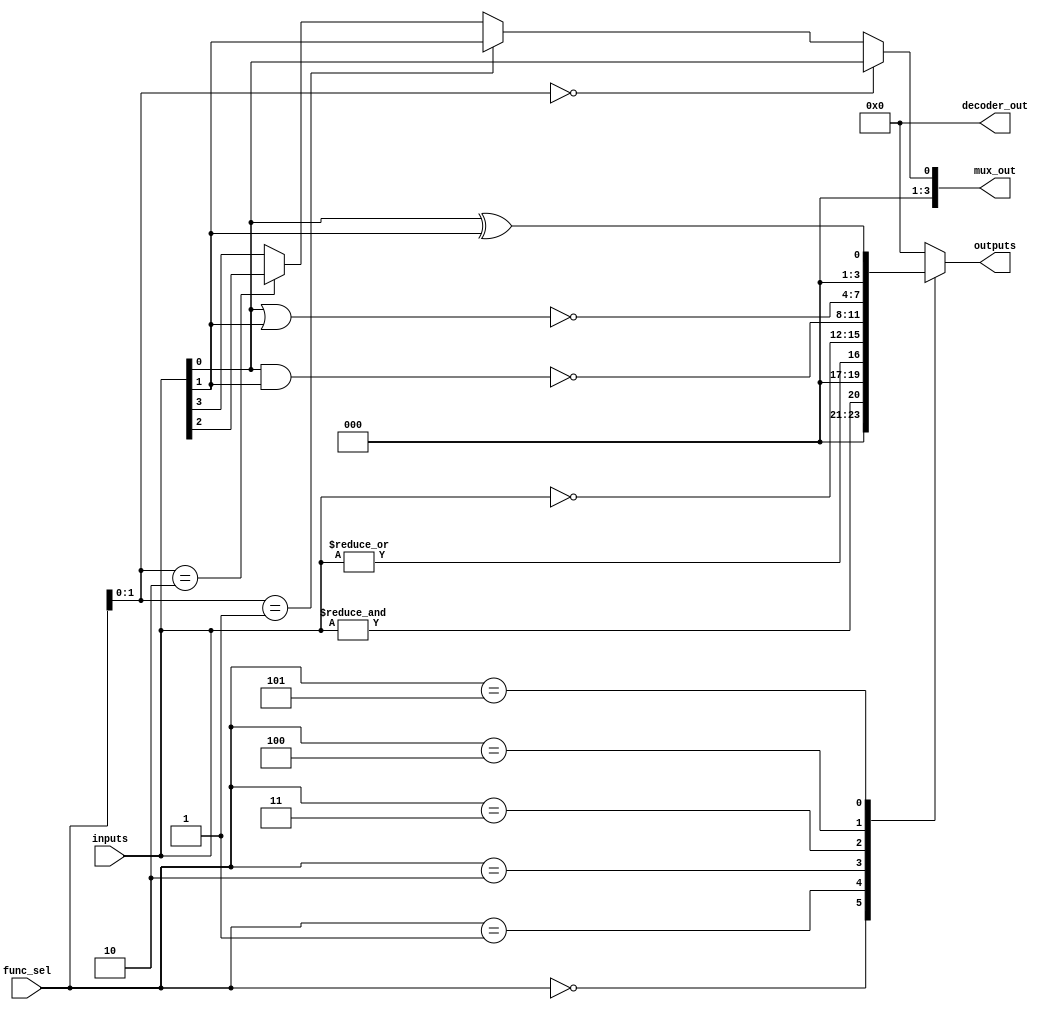
module combinational_logic_blocks #(
    parameter N = 4, // Number of inputs (2 to 16)
    parameter FUNC_SEL_WIDTH = 4 // Function select width
)(
    input  [N-1:0]  inputs,      // Input vector
    input  [FUNC_SEL_WIDTH-1:0] func_sel, // Function select
    output reg [N-1:0] outputs,   // Output vector
    output reg [N-1:0] mux_out,    // MUX output
    output reg [3:0] decoder_out    // Decoder output
);

// Basic Logic Functions
always @(*) begin
    case (func_sel)
        4'b0000: outputs = &inputs;            // AND
        4'b0001: outputs = |inputs;            // OR
        4'b0010: outputs = ~inputs;            // NOT (applied to all inputs)
        4'b0011: outputs = ~(inputs[0] & inputs[1]); // NAND
        4'b0100: outputs = ~(inputs[0] | inputs[1]); // NOR
        4'b0101: outputs = inputs[0] ^ inputs[1]; // XOR
        default: outputs = 0;                   // Default case
    endcase
end

// Multiplexers
always @(*) begin
    case (N)
        2: mux_out = (func_sel[0]) ? inputs[1] : inputs[0]; // 2-to-1 MUX
        4: mux_out = (func_sel[1:0] == 2'b00) ? inputs[0] :
                     (func_sel[1:0] == 2'b01) ? inputs[1] :
                     (func_sel[1:0] == 2'b10) ? inputs[2] : inputs[3]; // 4-to-1 MUX
        8: mux_out = (func_sel[2:0] == 3'b000) ? inputs[0] :
                     (func_sel[2:0] == 3'b001) ? inputs[1] :
                     (func_sel[2:0] == 3'b010) ? inputs[2] :
                     (func_sel[2:0] == 3'b011) ? inputs[3] :
                     (func_sel[2:0] == 3'b100) ? inputs[4] :
                     (func_sel[2:0] == 3'b101) ? inputs[5] :
                     (func_sel[2:0] == 3'b110) ? inputs[6] : inputs[7]; // 8-to-1 MUX
        default: mux_out = 0; // Default case
    endcase
end

// Decoders
always @(*) begin
    case (N)
        2: begin
            decoder_out[0] = ~inputs[1] & ~inputs[0]; // 00
            decoder_out[1] = ~inputs[1] & inputs[0];  // 01
            decoder_out[2] = inputs[1] & ~inputs[0];   // 10
            decoder_out[3] = inputs[1] & inputs[0];    // 11
        end
        3: begin
            decoder_out[0] = (~inputs[2] & ~inputs[1] & ~inputs[0]); // 000
            decoder_out[1] = (~inputs[2] & ~inputs[1] & inputs[0]);  // 001
            decoder_out[2] = (~inputs[2] & inputs[1] & ~inputs[0]);   // 010
            decoder_out[3] = (~inputs[2] & inputs[1] & inputs[0]);    // 011
            decoder_out[4] = (inputs[2] & ~inputs[1] & ~inputs[0]);   // 100
            decoder_out[5] = (inputs[2] & ~inputs[1] & inputs[0]);    // 101
            decoder_out[6] = (inputs[2] & inputs[1] & ~inputs[0]);     // 110
            decoder_out[7] = (inputs[2] & inputs[1] & inputs[0]);      // 111
        end
        default: decoder_out = 0; // Default case
    endcase
end

endmodule